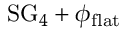
\mathrm { S G } _ { 4 } + \phi _ { \mathrm { f l a t } }